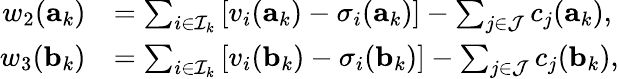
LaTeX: \begin{array}{rl}{w_{2}(\mathbf{a}_{k})}&{=\sum_{i\in\mathcal{I}_{k}}\left[v_{i}(\mathbf{a}_{k})-\sigma_{i}(\mathbf{a}_{k})\right]-\sum_{j\in\mathcal{J}}c_{j}(\mathbf{a}_{k}),}\\ {w_{3}(\mathbf{b}_{k})}&{=\sum_{i\in\mathcal{I}_{k}}\left[v_{i}(\mathbf{b}_{k})-\sigma_{i}(\mathbf{b}_{k})\right]-\sum_{j\in\mathcal{J}}c_{j}(\mathbf{b}_{k}),}\end{array}